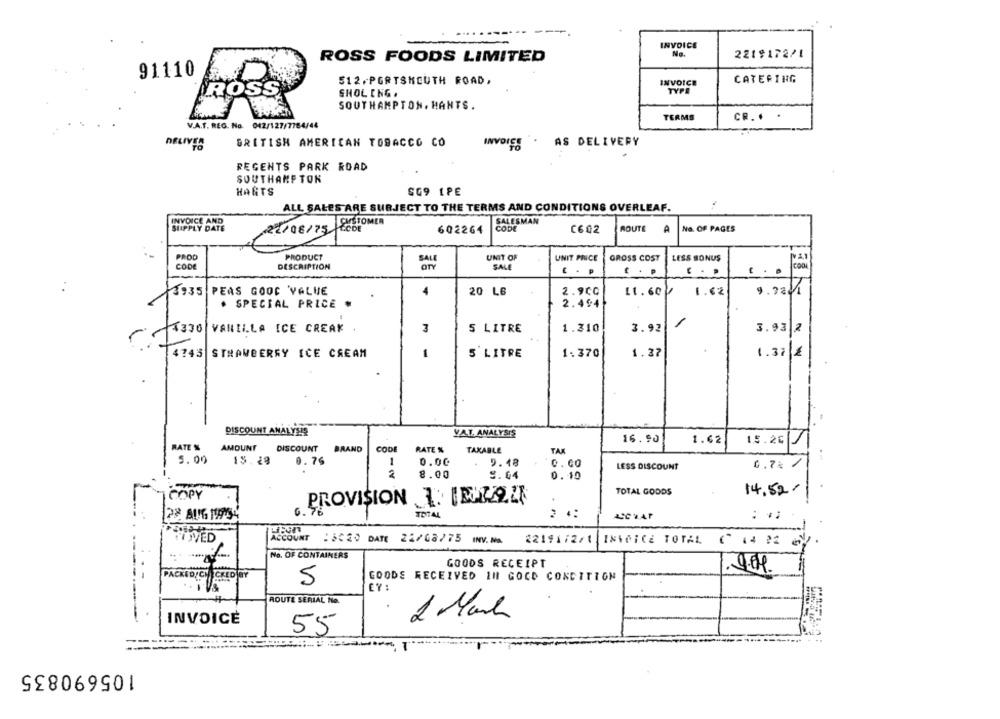
INVOICE
No.
2219172/1
ROSS FOODS LIMITED
91110
CATERING
512.PORTSMOUTH ROAD,
INVOICE
ROSS
SHOLING .
TYP
SOUTHAMPTON. HANTS.
TERMS
CR. . .
V.A.T. REG. No. 042/127/7764/44
BRITISH AMERICAN TOBACCO CO
AS DELIVERY
DELIVES
INVOIES
REGENTS PARK ROAD
SOUTHAMPTON
HARTS
SG9 1PE
ALL SALES ARE SUBJECT TO THE TERMS AND CONDITIONS OVERLEAF.
INVOICE AND
CUSTOMER
SALESMAN
SUPPLY DATE
22/08/75
602264
CODE
C602
ROUTE A
NO. OF PAGES
PROD
PRODUCT
SALE
UNIT OF
UNIT PRICE
GROSS COST
LESS BONUS
CODE
DESCRIPTION
OTY
SALE
COOL
C . P
C . P
..
3935
PEAS GOOD VALUE
4
20 L6
2.900
11.60
1.62
9.98 1
. SPECIAL PRICE .
2.494
4330
VANILLA ICE CREAK
3
5 LITRE
1.310
3.92
3.93 2
4743
1
5 LITRE
1.370
1.37
STRAWBERRY ICE CREAM
1.37 2
-
DISCOUNT ANALYSIS
VAT. ANALYSIS
16.90
1.62
RATE %
15.26
V
AMOUNT
DISCOUNT
BRAND
CODE
RATE %
TAXABLE
TAR
5.00
15.28
0.76
1
0.00
5.48
0.00
LESS DISCOUNT
0.7% /
8.00
9.04
0.10
empr
.
TOTAL GOODS
14,52 -
PROVISION I. IDEAL
TOTAL
ASCVAP
: *
HOVED
ACCOUNT : 3020 DATE 22/08/75 INV. M.
2219172/1
INVOICE TOTAL
-.
No. OF CONTAINERS
GOODS RECEIPT
5
GOODE RECEIVED 111 GOCO CONDITION
ROUTE SERIAL No.
2 Manh
INVOICE
55
105690835